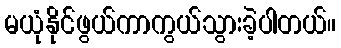
မယုံနိုင်ဖွယ်ကာကွယ်သွားခဲ့ပါတယ်။